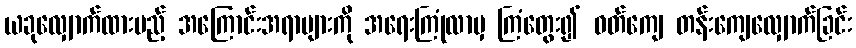
ယခုလျှောက်ထားမည့် အကြောင်းအရာများကို အရေးကြုံလာမှ ကြံတွေး၍ ဝတ်ကျေ တန်းကျေလျှောက်ခြင်း